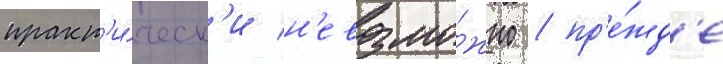
практ'и́ческ'и н'евозмо́жно / пр'е́жд'е